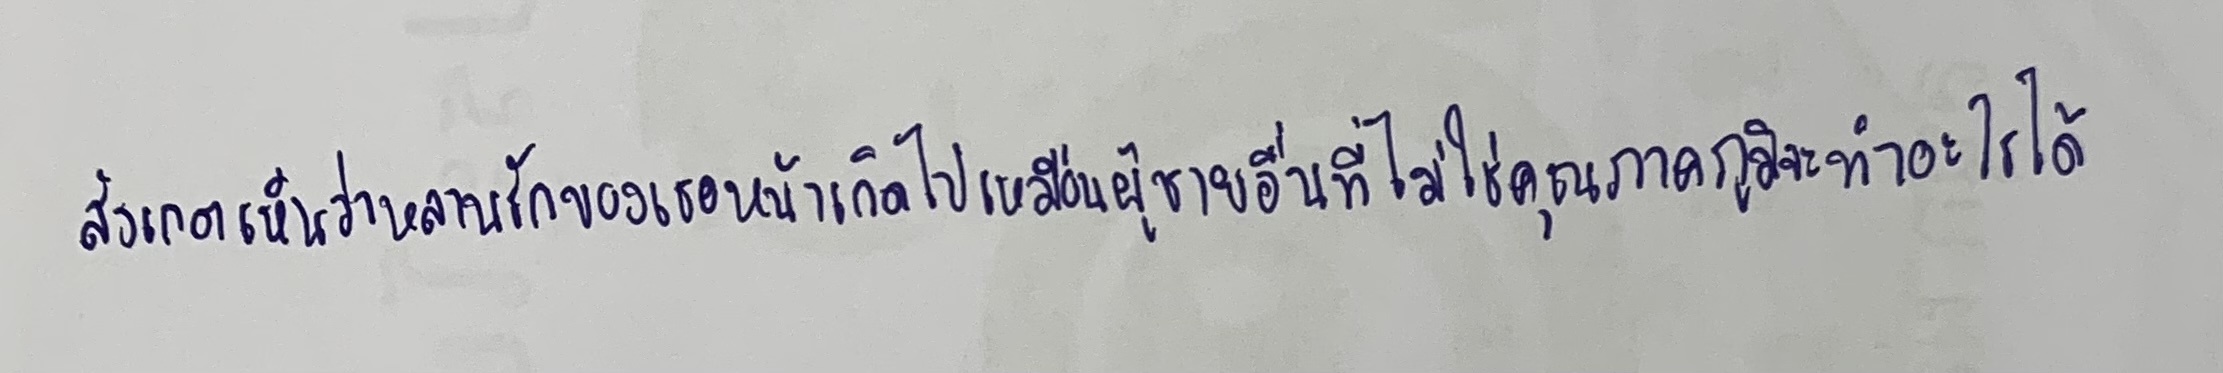
สังเกตเห็นว่าหลานรักของเธอหน้าเกิดไปเหมือนผู้ชายอื่นที่ไม่ใช่คุณภาคภูมิจะทำอะไรได้